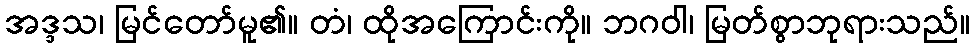
အဒ္ဒသ၊ မြင်တော်မူ၏။ တံ၊ ထိုအကြောင်းကို။ ဘဂဝါ၊ မြတ်စွာဘုရားသည်။